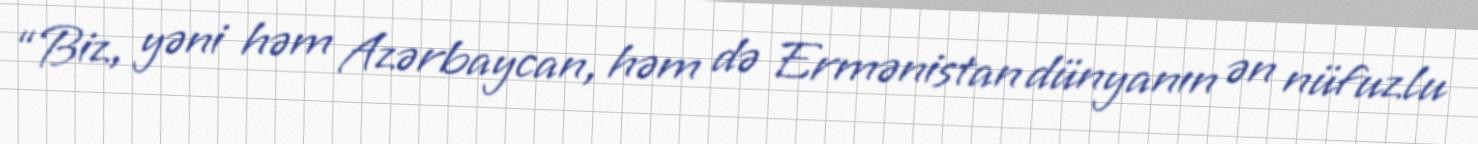
“Biz, yəni həm Azərbaycan, həm də Ermənistan dünyanın ən nüfuzlu